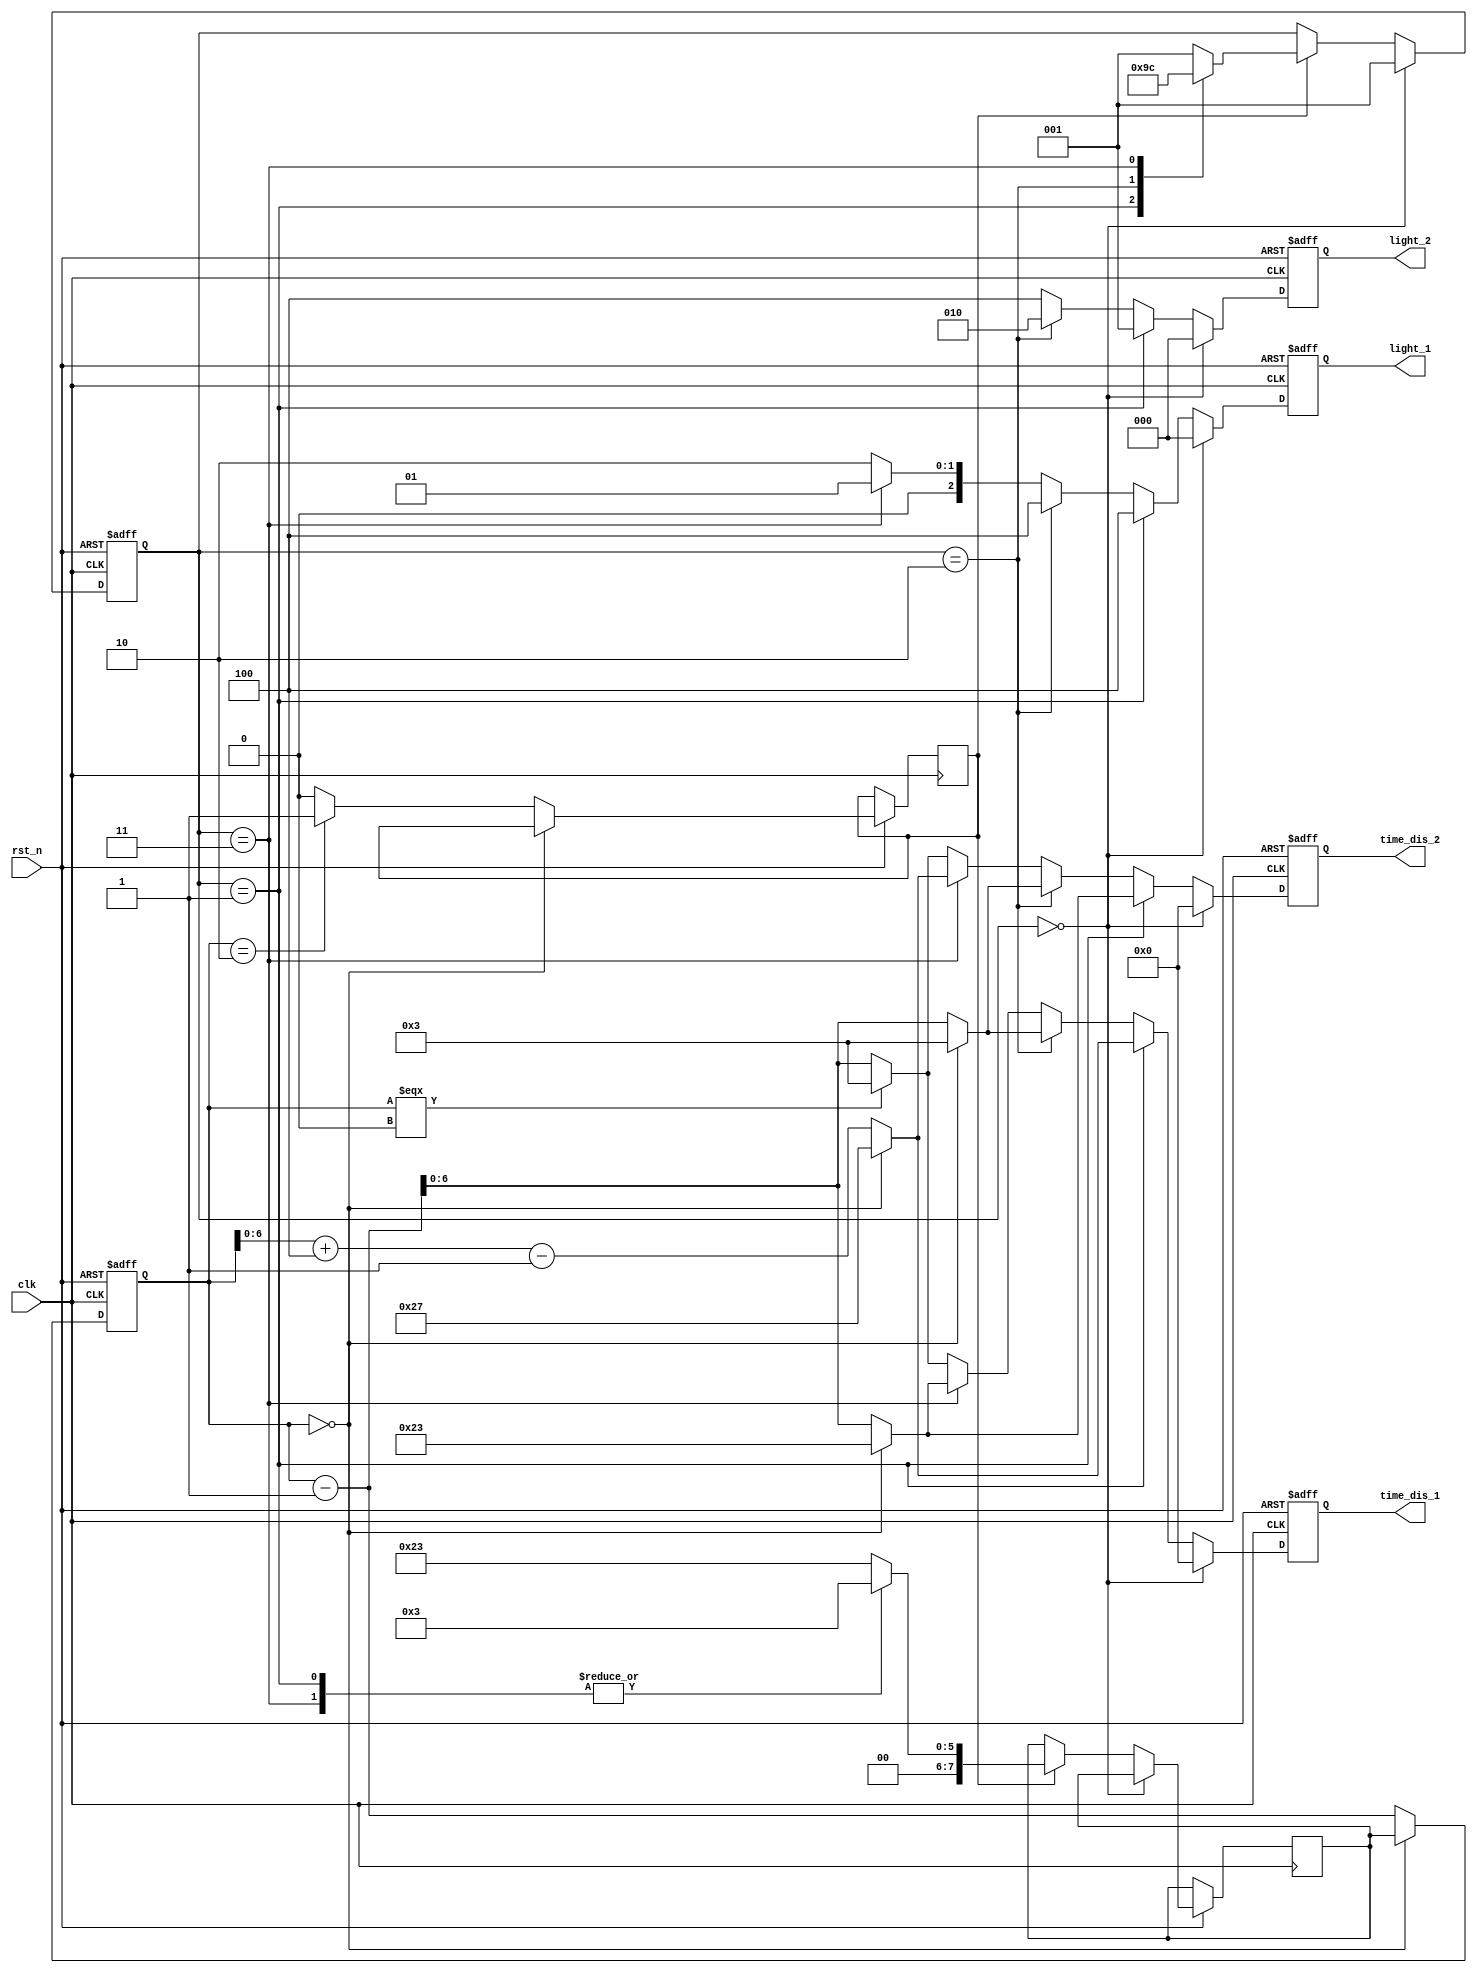
module traffic_light(clk, rst_n, light_1, light_2, time_dis_1, time_dis_2); //input first
parameter TIMEDIS = 7;    

parameter INI = 0;
parameter D_X = 1;
parameter D_V = 2;
parameter X_D = 3;
parameter V_D = 4;

input clk;
input rst_n;

output [2:0] light_1; // light[0]:Red; light[1]:Yeallow; light[2]:Green
output [2:0] light_2; // light[0]:Red; light[1]:Yeallow; light[2]:Green
output [TIMEDIS-1:0] time_dis_1;
output [TIMEDIS-1:0] time_dis_2;

reg [2:0] light_1; // light[0]:Red; light[1]:Yeallow; light[2]:Gree
reg [2:0] light_2; // light[0]:Red; light[1]:Yeallow; light[2]:Green
reg [TIMEDIS-1:0] time_dis_1;
reg [TIMEDIS-1:0] time_dis_2;

reg [2:0] next_state;
wire [2:0] state;

reg [7:0] counter;
reg [7:0] next_counter;
reg [7:0] pre_next_counter;
reg state_ena;

//Main Function
//1. State machine
always@(posedge clk or negedge rst_n) begin
    if(!rst_n) begin
        next_state <= INI;
        nect_counter <= 0;
    end
    else if(state==INI) begin
        next_state <= D_X;
        nect_counter <= 35;
    end
    else if (state_ena) begin
        case (state)
            D_X: begin
                next_state <= D_V;
                next_counter <= 3;
            end
            D_V: begin
                next_state <= X_D;
                next_counter <= 35;
            end
            X_D: begin
                next_state <= V_D;
                next_counter <= 3;
            end
            default: begin //V_D
                next_state <= D_X;
                next_counter <= 35;
            end
        endcase
    end  
    else begin
        next_state <= state;
        next_counter <= pre_next_counter;
    end
end
assign state = next_state;
assign pre_next_counter = next_counter;

//For LIGHT
always@(posedge clk or negedge rst_n) begin
    if (!rst_n) begin
        light_1 <= 0;
        light_2 <= 0;
    end
    else if (state==INI) begin // ALL IS OFF
        light_1 <= 3'b000;
        light_2 <= 3'b000;
    end
    else if (state==D_X) begin
        light_1 <= 3'b100;
        light_2 <= 3'b001;
    end
    else if (state==D_V) begin
        light_1 <= 3'b100;
        light_2 <= 3'b010;
    end
    else if (state==X_D) begin
        light_1 <= 3'b001;
        light_2 <= 3'b100;
    end
    else begin //V_D
        light_1 <= 3'b010;
        light_2 <= 3'b100;
    end
end

//For TIME
always@(posedge clk or negedge rst_n) begin
    if (!rst_n) begin
        time_dis_1 <= 0;
        time_dis_2 <= 0;
    end
    else if (state==INI) begin // ALL IS OFF
        time_dis_1 <= 0;
        time_dis_2 <= 0;
    end
    else if (state==D_X) begin
        if(counter==0) begin
            time_dis_1 <= 39;
            time_dis_2 <= 35;
        end
        else begin
            time_dis_1 <= counter+4-1;
            time_dis_2 <= counter-1;
        end
    end
    else if (state==D_V) begin
        if (counter==0)begin
            time_dis_1 <= 3;
            time_dis_2 <= 3;
        end
        else begin
            time_dis_1 <= counter-1;
            time_dis_2 <= counter-1;
        end
    end
    else if (state==X_D) begin
        if (counter==0)begin
            time_dis_1 <= 35;
            time_dis_2 <= 39;
        end
        else begin
            time_dis_1 <= counter-1;
            time_dis_2 <= counter+4-1;
        end
    end
    else begin
        if (counter===0) begin
            time_dis_1 <= 3;
            time_dis_2 <= 3;
        end
        else begin
            time_dis_1 <= counter -1;
            time_dis_2 <= counter -1;
        end
    end
end 

 //2. Counter 
always@(posedge clk or negedge rst_n) begin
    if (!rst_n) begin
        counter <= 0;
    end
    else begin
        if(counter==0) begin
            counter <= next_counter;
        end
        else begin
            if(counter==2) begin
                state_ena <=1;
            end
            else begin
                state_ena <=0;
            end
        counter <= counter -1;
        end
    end
end   

endmodule